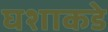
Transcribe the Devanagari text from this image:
घशाकडे